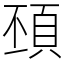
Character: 䪹